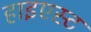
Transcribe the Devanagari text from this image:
हाइएस्ट